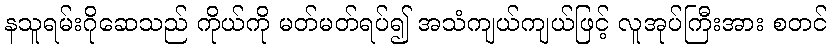
နသူရမ်းဂိုဆေသည် ကိုယ်ကို မတ်မတ်ရပ်၍ အသံကျယ်ကျယ်ဖြင့် လူအုပ်ကြီးအား စတင်